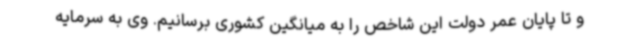
و تا پایان عمر دولت این شاخص را به میانگین کشوری برسانیم. وی به سرمایه